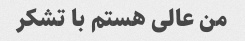
من عالی هستم با تشکر